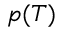
p ( T )